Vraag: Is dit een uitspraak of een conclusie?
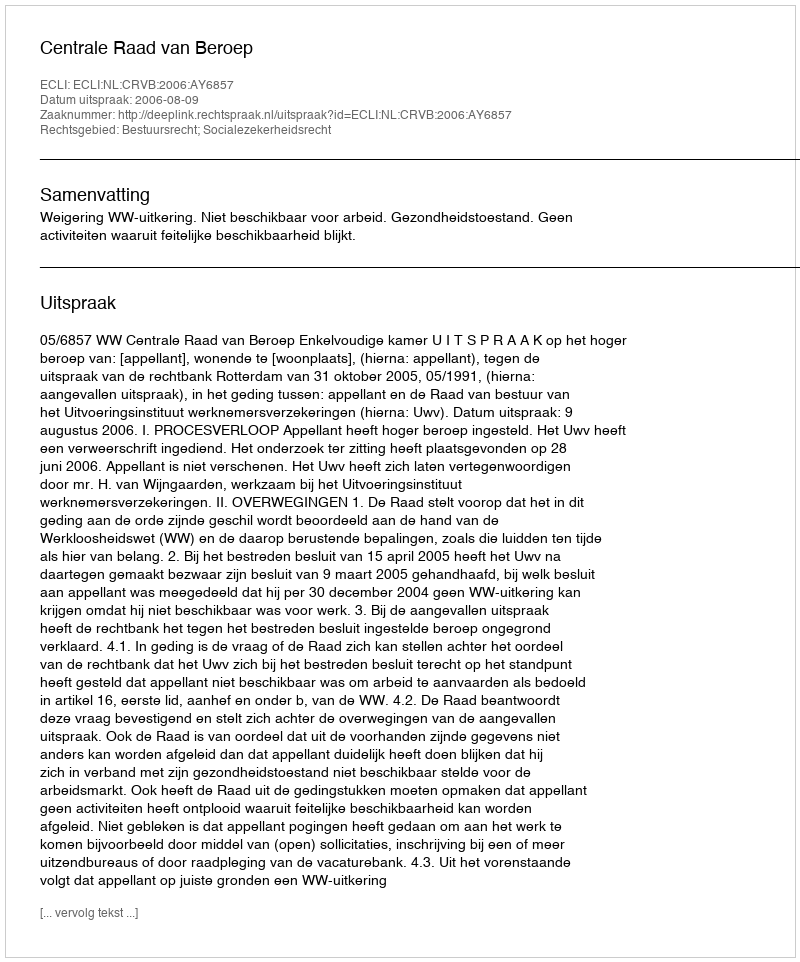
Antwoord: Uitspraak